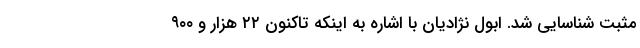
مثبت شناسایی شد. ابول نژادیان با اشاره به اینکه تاکنون ۲۲ هزار و ۹۰۰